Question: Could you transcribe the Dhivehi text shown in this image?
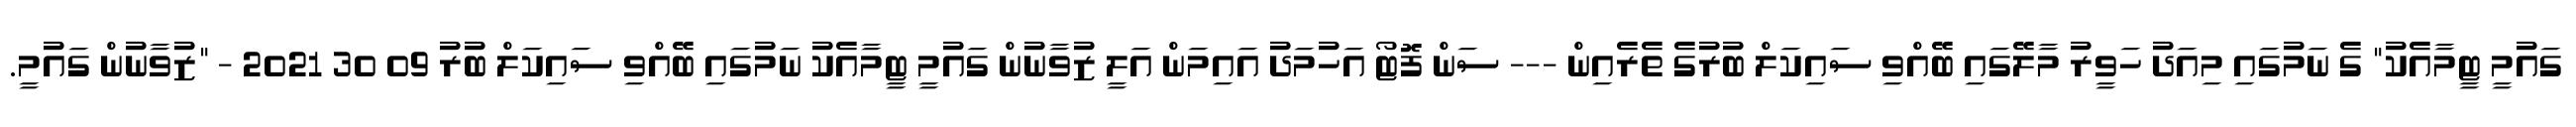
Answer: ގައުމީ ޓީމާއެކު" ގެ ނަމުގައި މިއަދު ހަވީރު މާލޭގައި ބޭއްވި ސައިކަލް ބުރުގެ ތެރެއިން --- ސަން ފޮޓޯ އަހުމަދު އައިމަން އަލީ ޒުވާނުން ގައުމީ ޓީމާއެކު ނަމުގައި ބޭއްވި ސައިކަލް ބުރު 09 30 2021 - "ޒުވާނުން ގައުމީ.